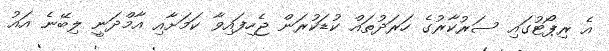
އެ ރިޕޯޓުގައި ސަރުކާރުގެ ހަރަދުތައް ކުޑަކުރަން ޖެހިފައިވާ ކަމަށާއި އާމްދަނީ ލިބޭނެ އައު